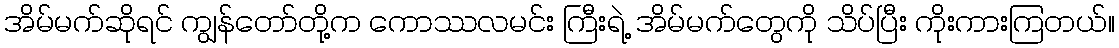
အိမ်မက်ဆိုရင် ကျွန်တော်တို့က ကောဿလမင်း ကြီးရဲ့ အိမ်မက်တွေကို သိပ်ပြီး ကိုးကားကြတယ်။